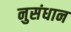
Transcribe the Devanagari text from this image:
नुसंधान